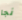
نجا